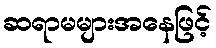
ဆရာမများအနေဖြင့်